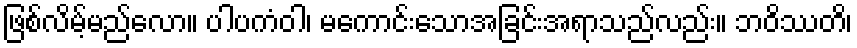
ဖြစ်လိမ့်မည်လော။ ပါပကံဝါ၊ မကောင်းသောအခြင်းအရာသည်လည်း။ ဘဝိဿတိ၊